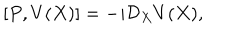
LaTeX: [ P , V ( X ) ] = - i \mathcal { D } _ { X } V ( X ) ,